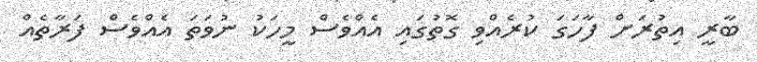
ބާރީ އިތުރަށް ފާހަގަ ކުރެއްވި ގޮތުގައި އެއްވެސް މީހަކު ނުވަތަ އެއްވެސް ފަރާތެއް